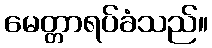
မေတ္တာရပ်ခံသည်။